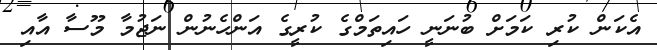
އެކަން ކުރި ކަމަށް ބުނަނީ ހައިތަމްގެ ކުރީގެ އަންހެނުން ނަޖުމާ މޫސާ އާއި